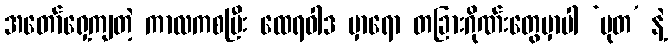
အတော်ရှေ့ကျတဲ့ ကာလကစပြီး ထေရဝါဒ မှာရော တခြားဂိုဏ်းတွေမှာပါ ‘မုတ’ နဲ့